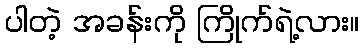
ပါတဲ့ အခန်းကို ကြိုက်ရဲ့လား။